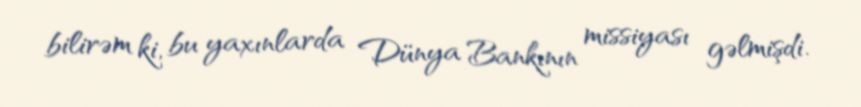
bilirəm ki, bu yaxınlarda Dünya Bankının missiyası gəlmişdi.